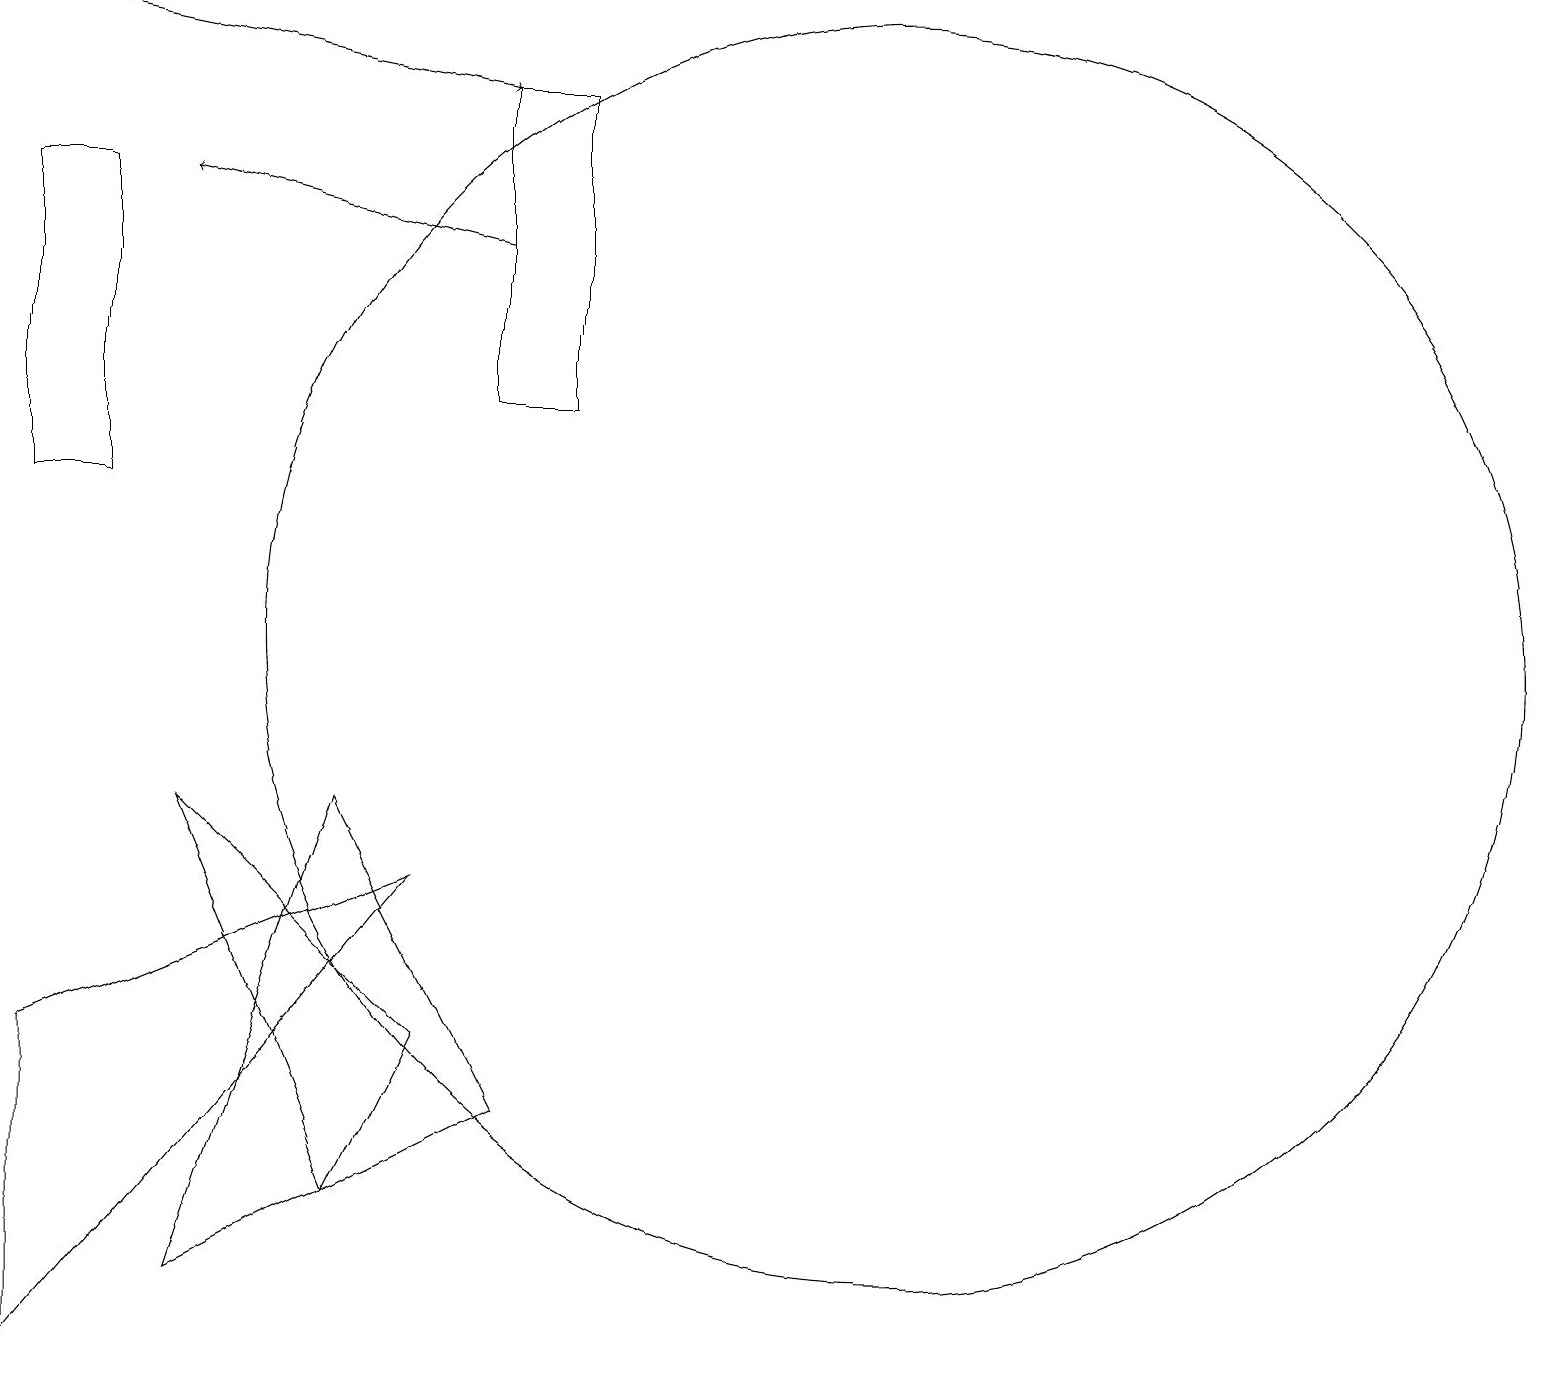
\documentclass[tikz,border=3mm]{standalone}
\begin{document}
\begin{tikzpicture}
\draw[->] (1,18) -- (6,17);
\draw (11,10) circle (8);
\draw (2,2) -- (6,4) -- (4,8) -- cycle;
\draw[->] (6,15) -- (2,16);
\draw (1,16) rectangle (0,12);
\draw (2,8) -- (5,5) -- (4,3) -- cycle;
\draw (5,7) -- (0,1) -- (0,5) -- cycle;
\draw (6,13) rectangle (7,17);
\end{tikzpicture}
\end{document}